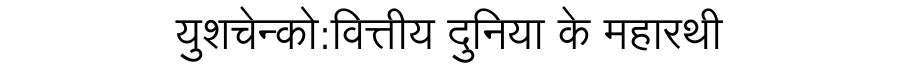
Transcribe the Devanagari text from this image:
युशचेन्को:वित्तीय दुनिया के महारथी